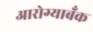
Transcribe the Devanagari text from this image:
आरोग्याबँक